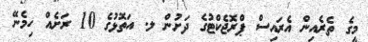
މީގެ ތެރެއިން އެރައިސް ޕްރޮޖެކްޓުގެ ދަށުން ލ. އަތޮޅުގެ 10 ރަށެއް ހިމެނޭ